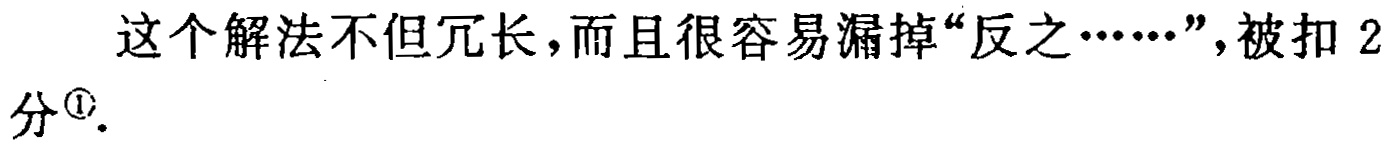
这个解法不但冗长，而且很容易漏掉“反之……”，被扣 2分\footnote{\textcircled{1}}.